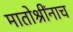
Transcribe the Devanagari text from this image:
मातोश्रींनाच